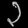
Digit: ၃